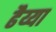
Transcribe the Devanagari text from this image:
ढैय्या